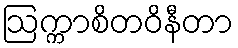
ဩက္ကာစိတဝိနီတာ